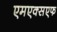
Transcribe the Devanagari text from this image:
एमएक्सएफ